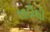
લાઠીથી